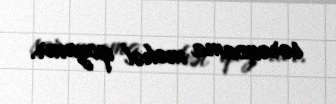
sərəncama məhəl qoymur.